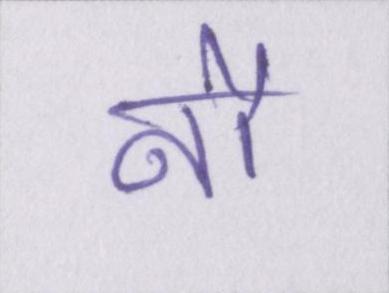
नौ